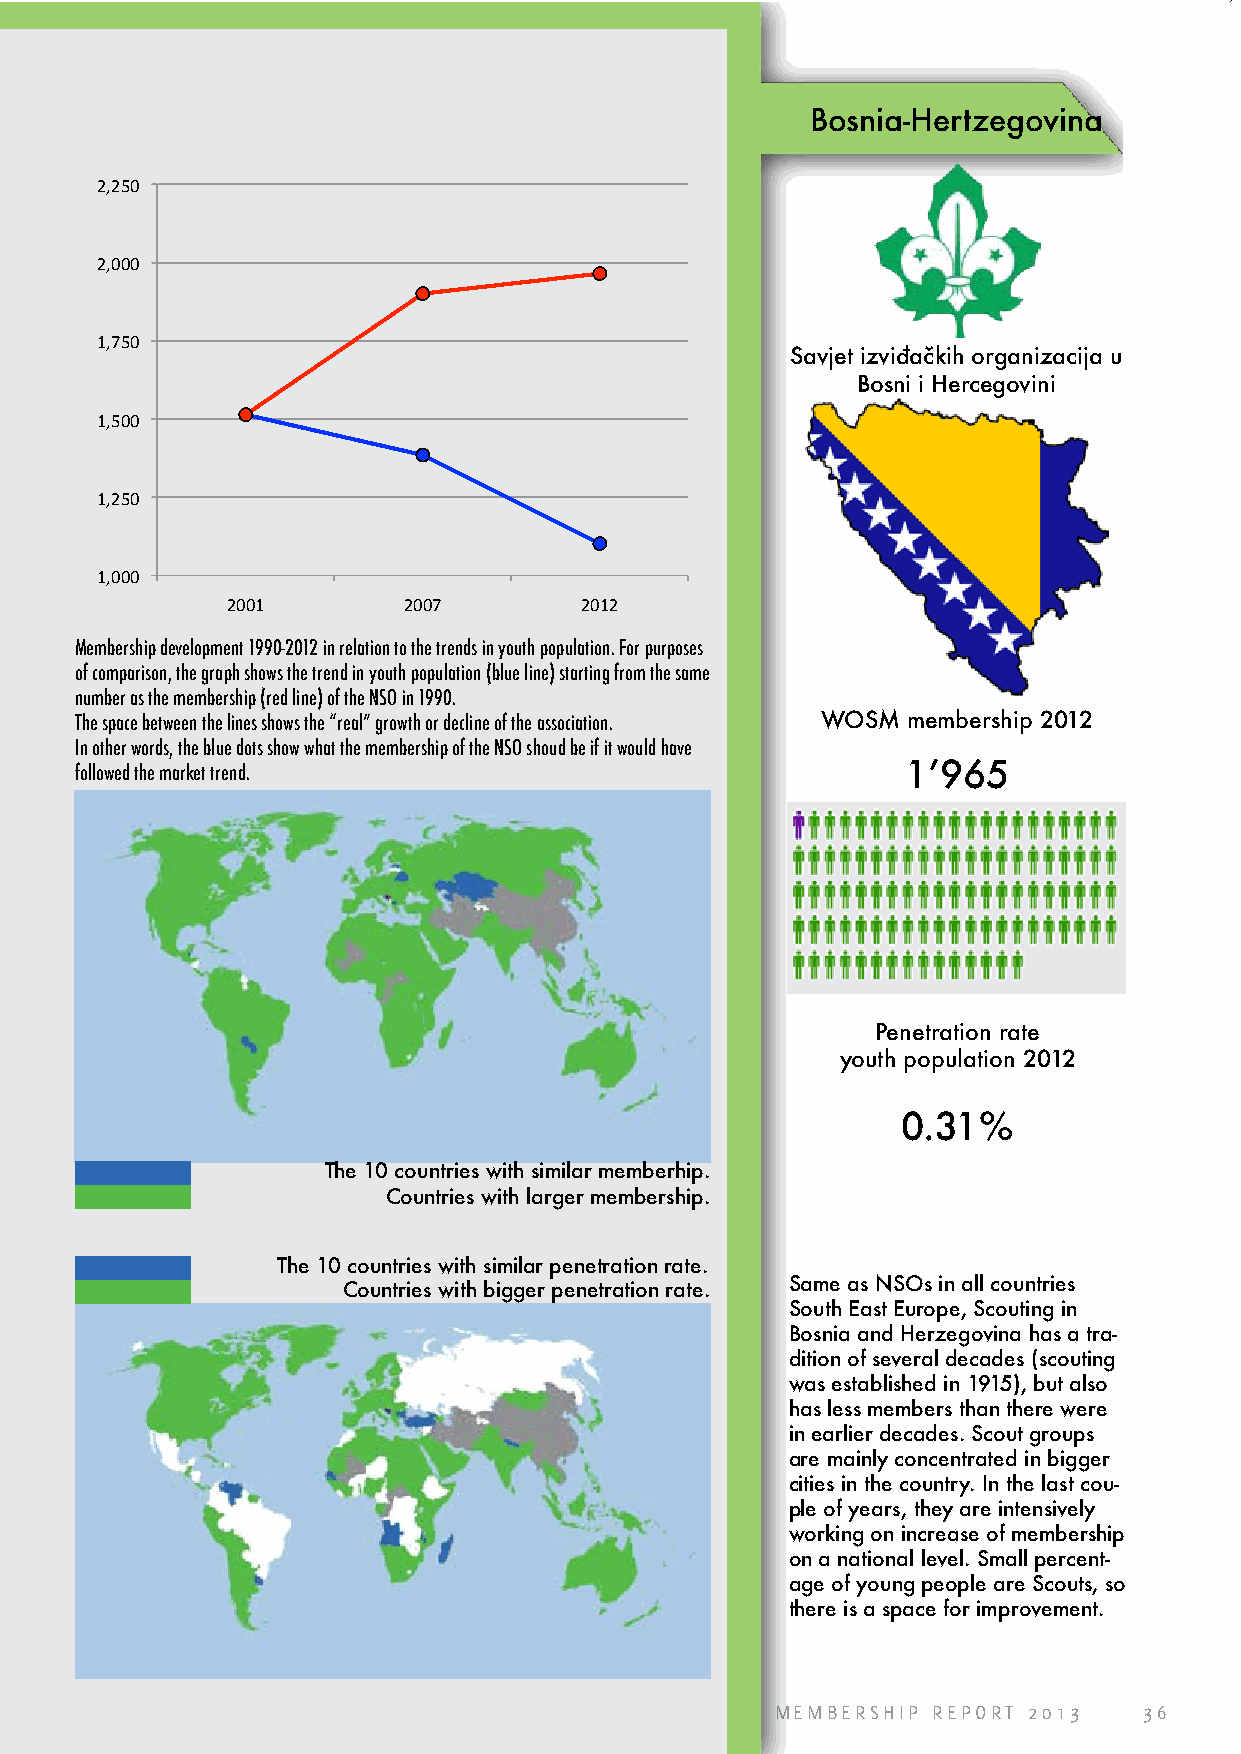
Bosnia-Hertzegovina
 2,250
 2,000
 1,750
 Savjet izviđačkih organizacija u
 Bosni i Hercegovini
 1,500
 1,250
 1,000
 2001        2007       2012
 Membership development 1990-2012 in relation to the trends in youth population. For purposes
 of comparison, the graph shows the trend in youth population (blue line) starting from the same
 number as the membership (red line) of the NSO in 1990.
 The space between the lines shows the “real” growth or decline of the association. WOSM membership 2012
 In other words, the blue dots show what the membership of the NSO shoud be if it would have
 followed the market trend.                             1’965
 Penetration rate
 youth population 2012
 0.31%
 The 10 countries with similar memberhip.
 Countries with larger membership.
 The 10 countries with similar penetration rate.
 Same as NSOs in all countries
 Countries with bigger penetration rate.
 South East Europe, Scouting in
 Bosnia and Herzegovina has a tra-
 dition of several decades (scouting
 was established in 1915), but also
 has less members than there were
 in earlier decades. Scout groups
 are mainly concentrated in bigger
 cities in the country. In the last cou-
 ple of years, they are intensively
 working on increase of membership
 on a national level. Small percent-
 age of young people are Scouts, so
 there is a space for improvement.
 MEMBERSHIP REPORT 2013   36